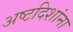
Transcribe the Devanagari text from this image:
अष्टदिशांना